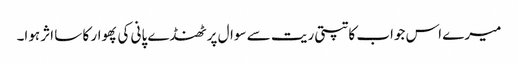
میرے اس جواب کا تپتی ریت سے سوال پر ٹھنڈے پانی کی پھوار کا سا اثر ہوا۔